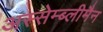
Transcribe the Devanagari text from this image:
अस्सेम्ब्लीमैन